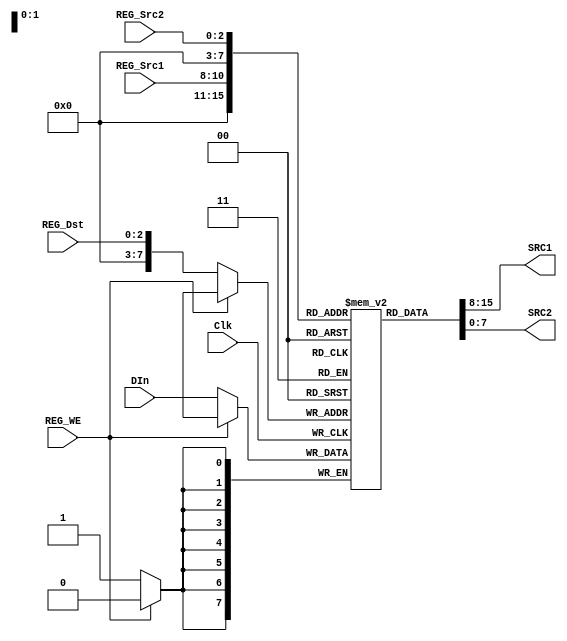
`default_nettype none

// --------------------------------------------------------------------------
// Register file 
// --------------------------------------------------------------------------

module RegisterFile
#(
    parameter DataWidth = 8,
    parameter RegisterCnt = 8,
    parameter SelectSize = 3)   // 3bits = 8 = RegisterCnt
(
    input wire Clk,
    input wire REG_WE,
    input wire [DataWidth-1:0] DIn,         // Data input
    // Destination reg write, Write = Active Low
    input wire [SelectSize-1:0] REG_Dst,    // Reg destination select
    input wire [SelectSize-1:0] REG_Src1,   // Source #1 select
    input wire [SelectSize-1:0] REG_Src2,   // Source #2 select
    output wire [DataWidth-1:0] SRC1,       // Source 1 output
    output wire [DataWidth-1:0] SRC2        // Source 2 output
);

// The registers.
// Note: Not sure if this will be refactored to actual
// registers. The code below could trigger BRAM synthization
reg [DataWidth-1:0] reg_file [(1<<RegisterCnt)-1:0];

// An alternative is to sync the outputs too. Mine is Async
// See: "Digital Systems Design Using Verilog by Charles Roth, Lizy K. John, Byeong Kil Lee 2016 MIPS CPU"
always @(negedge Clk) begin
    if (REG_WE == 1'b0) begin
        `ifdef SIMULATE
            $display("%d Write Reg File DIn: %h, Reg: ", $stime, DIn, REG_Dst);
        `endif
        reg_file[REG_Dst] <= DIn;        
    end
end

// Source outputs
assign SRC1 = reg_file[REG_Src1];
assign SRC2 = reg_file[REG_Src2];

endmodule